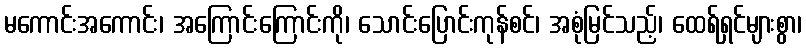
မကောင်းအကောင်း၊ အကြောင်းကြောင်းကို၊ သောင်းပြောင်းကုန်စင်၊ အစုံမြင်သည့်၊ ထေရ်ရှင်များစွာ၊